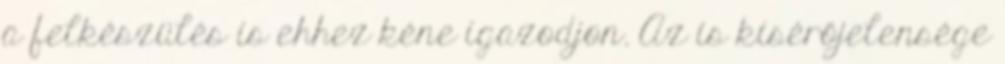
a felkészülés is ehhez kéne igazodjon. Az is kísérőjelensége